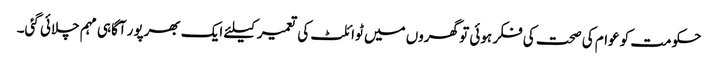
حکومت کو عوام کی صحت کی فکر ہوئی تو گھروں میں ٹوائلٹ کی تعمیر کیلئے ایک بھرپور آگاہی مہم چلائی گئی۔